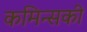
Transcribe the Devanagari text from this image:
कमिन्सकी